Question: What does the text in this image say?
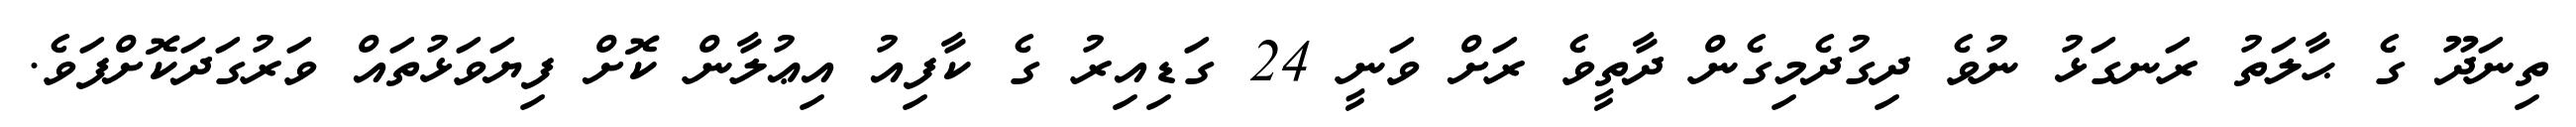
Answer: ތިނަދޫ ގެ ޙާލަތު ރަނގަޅު ނުވެ ދިގުދެމިގެން ދާތީވެ ރަށް ވަނީ 24 ގަޑިއިރު ގެ ކާފިއު އިޢުލާން ކޮށް ފިޔަވަޅުތައް ވަރުގަދަކޮށްފަވެ.